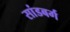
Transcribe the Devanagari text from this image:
सांडबर्ग